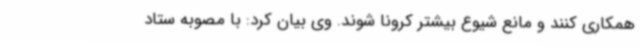
همکاری کنند و مانع شیوع بیشتر کرونا شوند. وی بیان کرد: با مصوبه ستاد